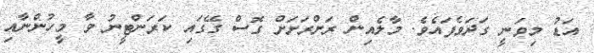
އަޑު މިވަނީ ގަދަވެފައެވެ. މާލެއިން ރަށްރަށަށް ގޮސް ގޭގައި ކަރަންޓީނު ވާ މީހުންނާއި